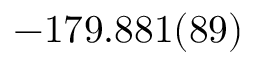
- 1 7 9 . 8 8 1 ( 8 9 )